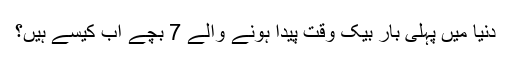
دنیا میں پہلی بار بیک وقت پیدا ہونے والے 7 بچے اب کیسے ہیں؟